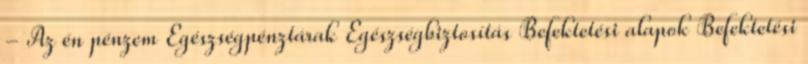
- Az én pénzem Egészségpénztárak Egészségbiztosítás Befektetési alapok Befektetési